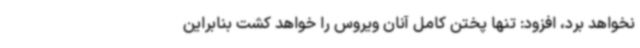
نخواهد برد، افزود: تنها پختن کامل آنان ویروس را خواهد کشت بنابراین